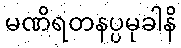
မဏိရတနပ္ပမုခါနိ